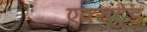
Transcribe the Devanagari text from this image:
एक्यूट्रेंड